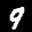
Digit: 9